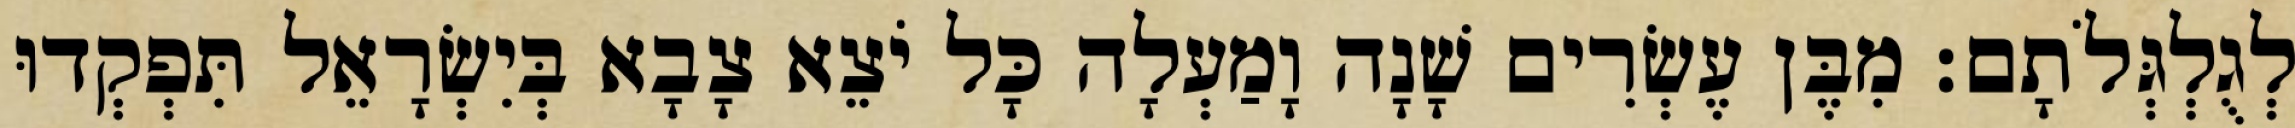
לְגֻלְגְּלֹתָם׃ מִבֶּן עֶשְׂרִים שָׁנָה וָמַעְלָה כָּל יֹצֵא צָבָא בְּיִשְׂרָאֵל תִּפְקְדוּ